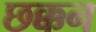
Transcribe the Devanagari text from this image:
छक्कन